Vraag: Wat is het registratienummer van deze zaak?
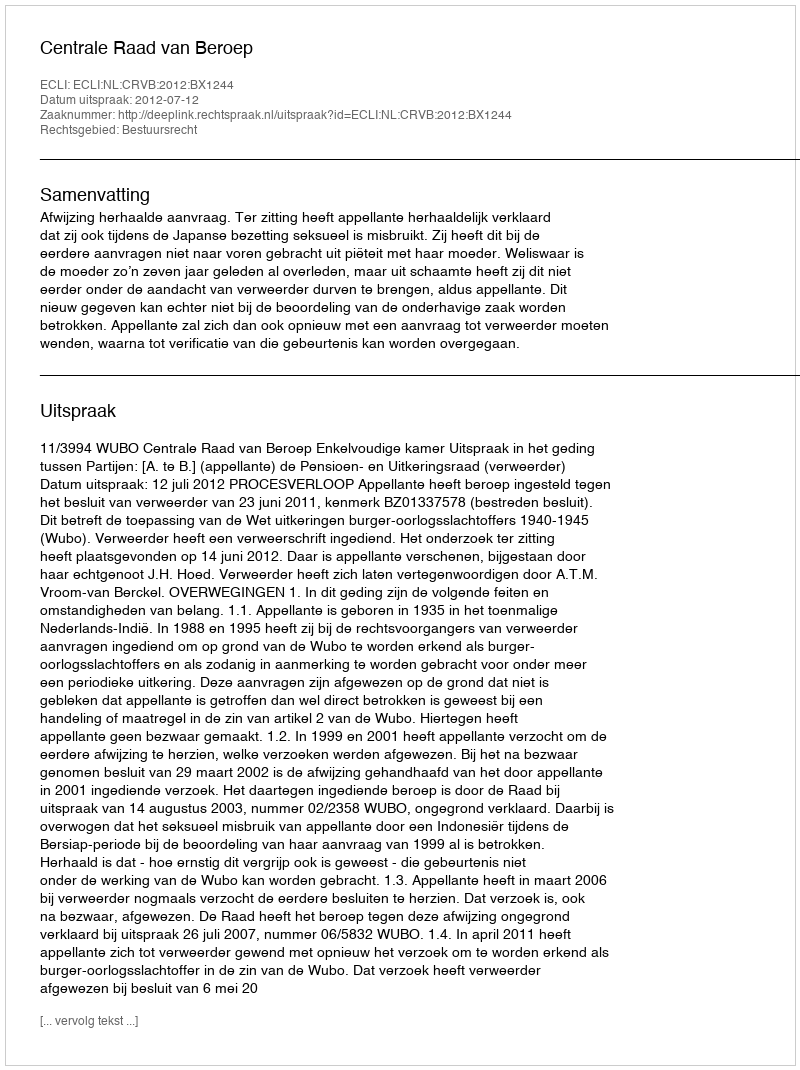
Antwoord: http://deeplink.rechtspraak.nl/uitspraak?id=ECLI:NL:CRVB:2012:BX1244